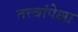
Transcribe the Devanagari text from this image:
तत्त्वांपेक्षा